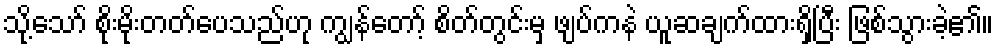
သို့သော် စိုးမိုးတတ်ပေသည်ဟု ကျွန်တော့် စိတ်တွင်းမှ ဖျပ်ကနဲ ယူဆချက်ထားရှိပြီး ဖြစ်သွားခဲ့၏။